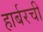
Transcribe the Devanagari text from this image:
हार्बरची